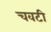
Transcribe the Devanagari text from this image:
चवटी